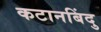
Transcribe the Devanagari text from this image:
कटानबिंदु